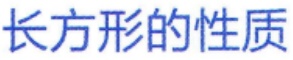
长方形的性质